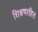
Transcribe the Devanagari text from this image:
शिक्षणरहित